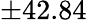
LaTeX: \pm 42.84\